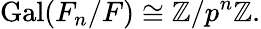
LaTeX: \operatorname{Gal}(F_{n}/F)\cong\mathbb{Z}/p^{n}\mathbb{Z}.